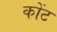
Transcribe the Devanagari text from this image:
कोंट